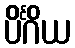
ပိင်္ဂိယ